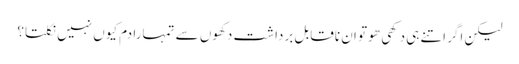
لیکن اگر اتنے ہی دکھی ھو تو ان ناقابل برداشت دکھوں سے تمہارا دم کیوں نہیں نکلتا؟